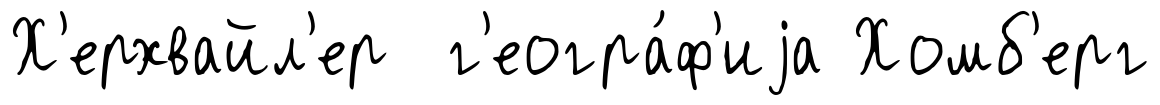
Х'ерхвайл'ер г'еогра́ф'иjа Хомб'ерг